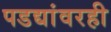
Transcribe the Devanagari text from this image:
पडद्यांवरही